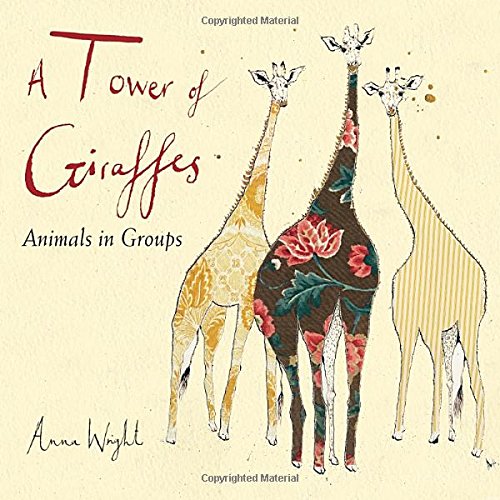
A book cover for A Tower of Giraffes: Animals in Groups; Anna Wright; Science & Math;